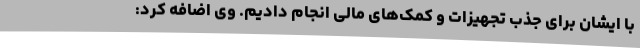
با ایشان برای جذب تجهیزات و کمک‌های مالی انجام دادیم. وی اضافه کرد: